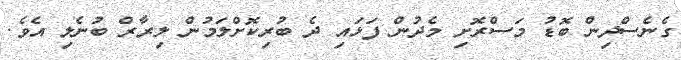
ގެނެސްދިން ބޮޑު މަސްރޮށި މެދުން ފަޅައި ދެ ބުރިކޮށްލަމުން ލިރާރް ބުނެލި އެވެ.